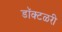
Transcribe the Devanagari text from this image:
डॉक्टळरी